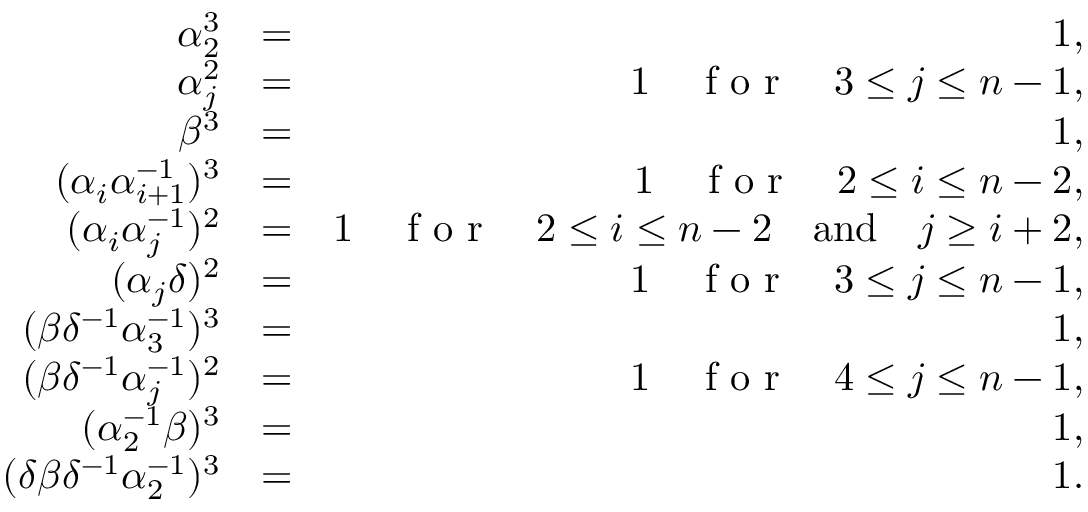
\begin{array} { r l r } { \alpha _ { 2 } ^ { 3 } } & { = } & { 1 , } \\ { \alpha _ { j } ^ { 2 } } & { = } & { 1 \quad \textrm { f o r } \quad 3 \leq j \leq n - 1 , } \\ { \beta ^ { 3 } } & { = } & { 1 , } \\ { ( \alpha _ { i } \alpha _ { i + 1 } ^ { - 1 } ) ^ { 3 } } & { = } & { 1 \quad \textrm { f o r } \quad 2 \leq i \leq n - 2 , } \\ { ( \alpha _ { i } \alpha _ { j } ^ { - 1 } ) ^ { 2 } } & { = } & { 1 \quad \textrm { f o r } \quad 2 \leq i \leq n - 2 \quad \mathrm { a n d } \quad j \geq i + 2 , } \\ { ( \alpha _ { j } \delta ) ^ { 2 } } & { = } & { 1 \quad \textrm { f o r } \quad 3 \leq j \leq n - 1 , } \\ { ( \beta \delta ^ { - 1 } \alpha _ { 3 } ^ { - 1 } ) ^ { 3 } } & { = } & { 1 , } \\ { ( \beta \delta ^ { - 1 } \alpha _ { j } ^ { - 1 } ) ^ { 2 } } & { = } & { 1 \quad \textrm { f o r } \quad 4 \leq j \leq n - 1 , } \\ { ( \alpha _ { 2 } ^ { - 1 } \beta ) ^ { 3 } } & { = } & { 1 , } \\ { ( \delta \beta \delta ^ { - 1 } \alpha _ { 2 } ^ { - 1 } ) ^ { 3 } } & { = } & { 1 . } \end{array}